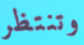
وتنتظر